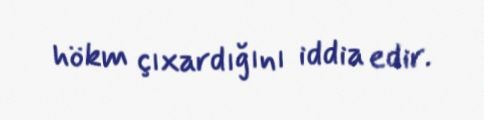
hökm çıxardığını iddia edir.